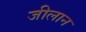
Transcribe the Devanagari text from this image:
जीलान